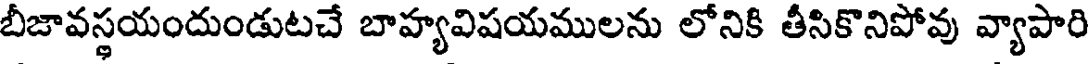
బీజావస్థయందుండుటచే బాహ్యవిషయములను లోనికి తీసికొనిపోవు వ్యాపారి